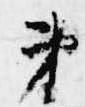
第